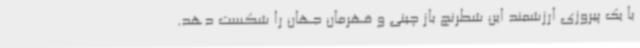
با یک پیروزی ارزشمند این شطرنج باز چینی و قهرمان جهان را شکست دهد.